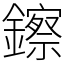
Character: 鑔